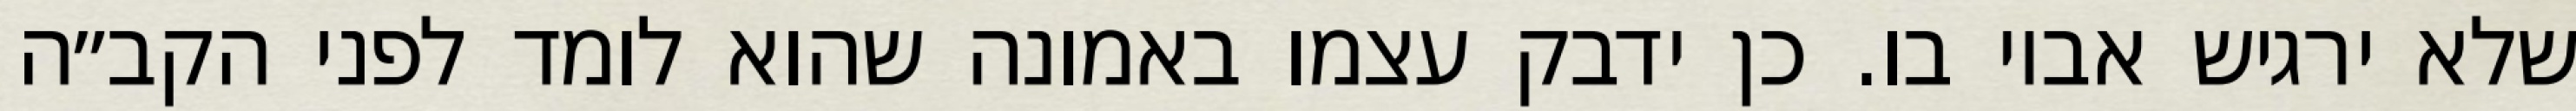
שלא ירגיש אביו בו. כן ידבק עצמו באמונה שהוא לומד לפני הקב״ה